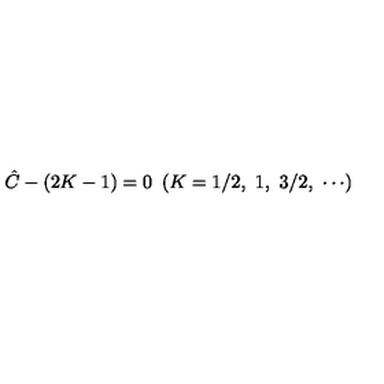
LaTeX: { \hat { C } } - ( 2 K - 1 ) = 0 \ \left( K = 1 / 2 , \ 1 , \ 3 / 2 , \ \cdots \right)